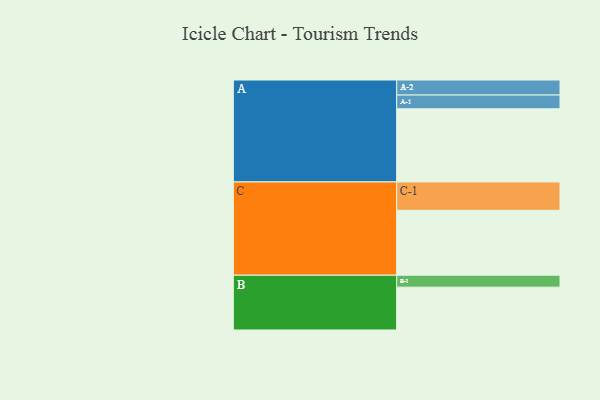
{"axis": {"x": "Segment", "y": "Value"}, "legend": ["", "A", "B", "C"], "data": [{"x": "A", "y": 540, "type": ""}, {"x": "B", "y": 316, "type": ""}, {"x": "C", "y": 479, "type": ""}, {"x": "A-1", "y": 101, "type": "A"}, {"x": "A-2", "y": 111, "type": "A"}, {"x": "B-1", "y": 88, "type": "B"}, {"x": "C-1", "y": 209, "type": "C"}]}